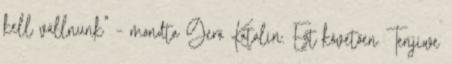
kell vállnunk” – mondta Gerő Katalin. Ezt követően Tenjiwe